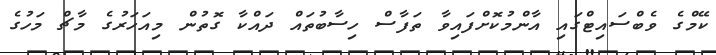
ކޭމްގެ ވެބްސައިޓްގައި އާންމުކޮށްފައިވާ ތަފާސް ހިސާބުތައް ދައްކާ ގޮތުން މިއަހަރުގެ މާޗް މަހުގެ